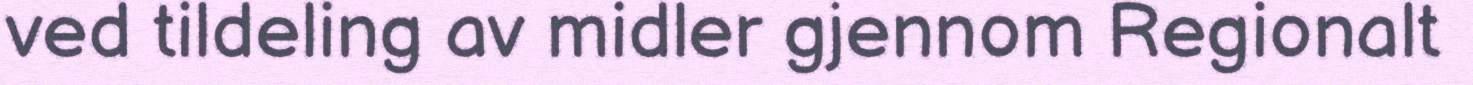
ved tildeling av midler gjennom Regionalt